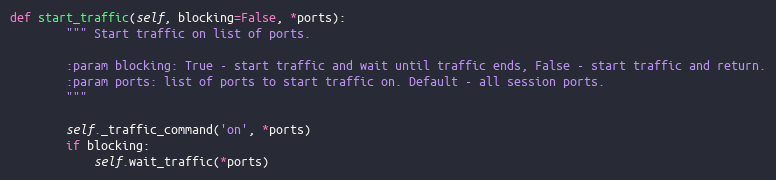
Language: Python
def start_traffic(self, blocking=False, *ports):
        """ Start traffic on list of ports.

        :param blocking: True - start traffic and wait until traffic ends, False - start traffic and return.
        :param ports: list of ports to start traffic on. Default - all session ports.
        """

        self._traffic_command('on', *ports)
        if blocking:
            self.wait_traffic(*ports)